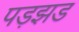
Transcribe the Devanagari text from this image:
पड़झड